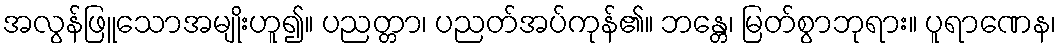
အလွန်ဖြူသောအမျိုးဟူ၍။ ပညတ္တာ၊ ပညတ်အပ်ကုန်၏။ ဘန္တေ၊ မြတ်စွာဘုရား။ ပူရာဏေန၊